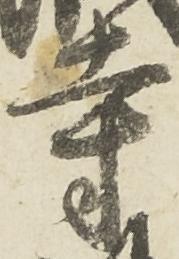
寺